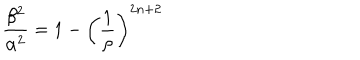
LaTeX: \frac { \beta ^ { 2 } } { \alpha ^ { 2 } } = 1 - \left( \frac { 1 } { \rho } \right) ^ { 2 n + 2 }